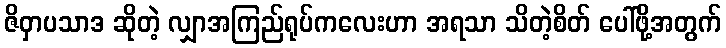
ဇိဝှာပသာဒ ဆိုတဲ့ လျှာအကြည်ရုပ်ကလေးဟာ အရသာ သိတဲ့စိတ် ပေါ်ဖို့အတွက်